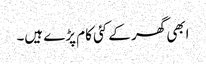
ابھی گھر کے کئی کام پڑے ہیں۔